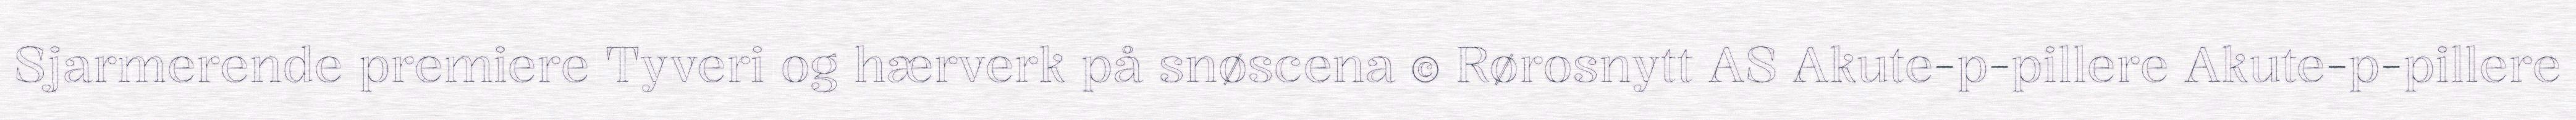
Sjarmerende premiere Tyveri og hærverk på snøscena © Rørosnytt AS Akute-p-pillere Akute-p-pillere